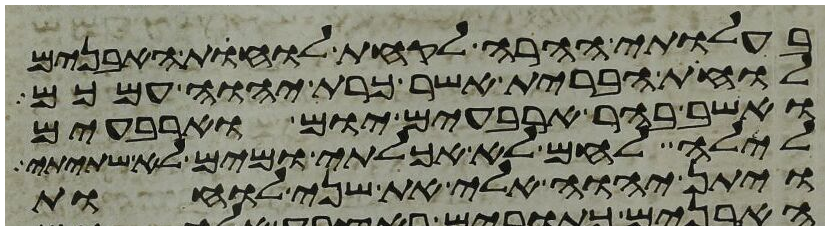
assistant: בעלותי ההרה לקחת לוחות האבנים
לוחת הברית אשר כרת יהוה עמכם
ואשב בהר ארבעים יום וארבעים
לילה לחם לא אכלתי ומים לא שתיתי
ויתן יהוה אלי את שני לוחת